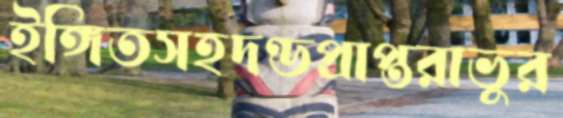
ইঙ্গিতসহদণ্ডপ্রাপ্তরাভুর